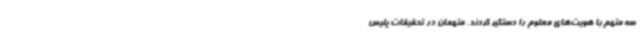
سه متهم با هویت‌های معلوم را دستگیر کردند. متهمان در تحقیقات پلیس